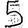
Digit: 5